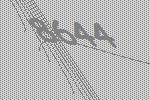
8644